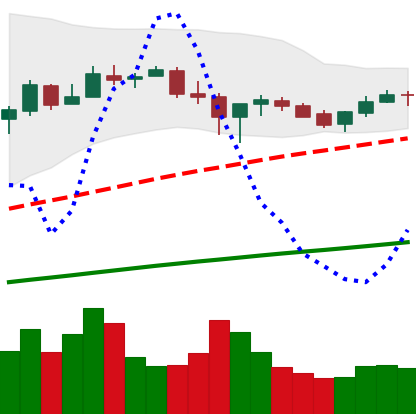
Ticker: BTC-USD
Chart end date: 2017-07-05
Forward return: -8.818%
Label: down_7plus